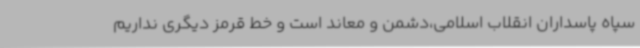
سپاه پاسداران انقلاب اسلامی،دشمن و معاند است و خط قرمز دیگری نداریم